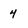
Character: 4